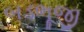
બડભૂજી